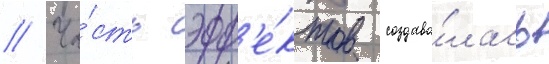
// Ча́сть эфф'е́ктов создава́лась